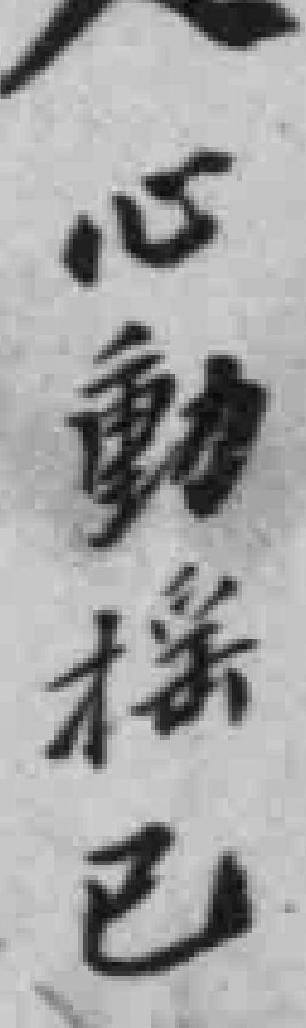
心動摇已